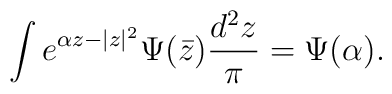
\int e^{\alpha z-|z|^2} \Psi(\bar{z}) {d^2 z \over \pi} =\Psi(\alpha).